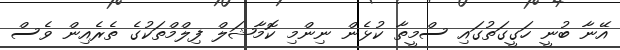
އޭނާ ބުނީ ހަގީގަތުގައި ސްމީތާ ކުޅެން ނިންމި ކޮމާޝަލް ފިލްމްތަކުގެ ތެރެއިން ވެސް